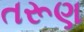
તરૂણ